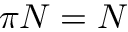
\pi N = N